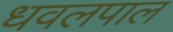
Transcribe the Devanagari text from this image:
धवलपाल